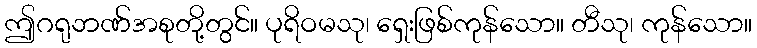
ဤဂရုဘဏ်အစုတို့တွင်။ ပုရိဝမသု၊ ရှေးဖြစ်ကုန်သော။ တီသု၊ ကုန်သော။